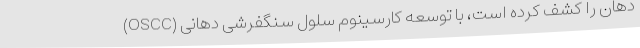
دهان را کشف کرده است، با توسعه کارسینوم سلول سنگفرشی دهانی (OSCC)